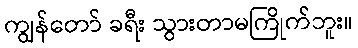
ကျွန်တော် ခရီး သွားတာမကြိုက်ဘူး။